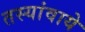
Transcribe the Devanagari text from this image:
तस्यांवाये